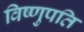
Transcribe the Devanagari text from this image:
विष्णुपति